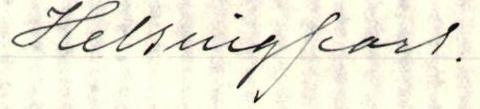
Helsingfors.